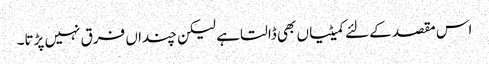
اس مقصد کے لئے کمیٹیاں بھی ڈالتا ہے لیکن چنداں فرق نہیں پڑتا۔